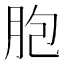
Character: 胞